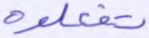
تفعلوه